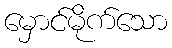
မှောင်မိုက်သော